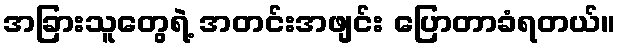
အခြားသူတွေရဲ့ အတင်းအဖျင်း ပြောတာခံရတယ်။